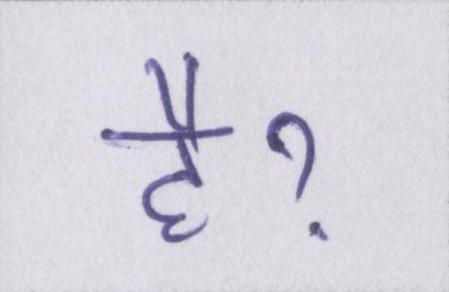
हैॽ